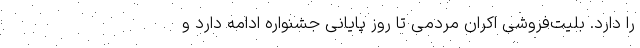
را دارد. بلیت‌فروشی اکران مردمی تا روز پایانی جشنواره ادامه دارد و